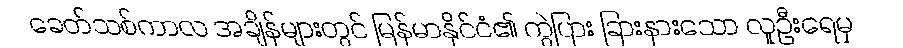
ခေတ်သစ်ကာလ အချိန်များတွင် မြန်မာနိုင်ငံ၏ ကွဲပြား ခြားနားသော လူဦးရေမှ